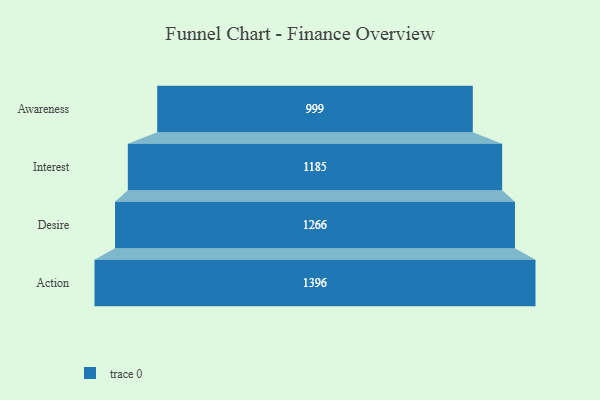
{"axis": {"x": "Stage", "y": "Value"}, "legend": [""], "data": [{"x": "Awareness", "y": 999.0, "type": ""}, {"x": "Interest", "y": 1185.0, "type": ""}, {"x": "Desire", "y": 1266.0, "type": ""}, {"x": "Action", "y": 1396.0, "type": ""}]}